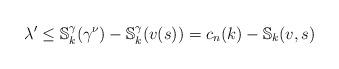
LaTeX: \begin{align*}\lambda'\leq {\mathbb S}_k^{\gamma}(\gamma^\nu)-{\mathbb S}_k^{\gamma}(v(s))=c_n(k)-{\mathbb S}_k(v,s)\end{align*}